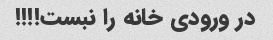
در ورودی خانه را نبست!!!!